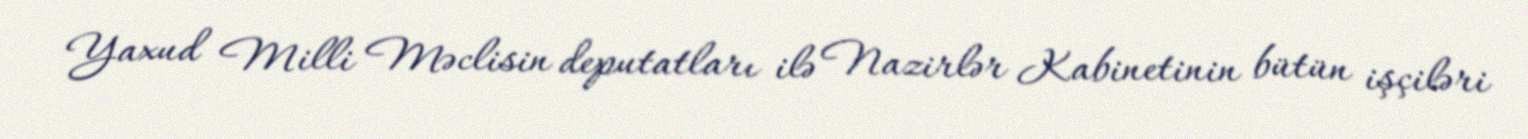
Yaxud Milli Məclisin deputatları ilə Nazirlər Kabinetinin bütün işçiləri